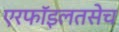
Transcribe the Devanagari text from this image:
एरफॉइलतसेच